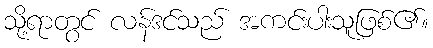
သို့ရာတွင် လန်ဒင်သည် အကင်းပါးသူဖြစ်၏။